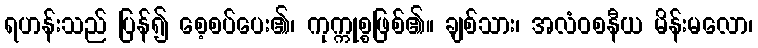
ရဟန်းသည် ပြန်၍ စေ့စပ်ပေး၏၊ ကုက္ကုစ္စဖြစ်၏။ ချစ်သား၊ အလံဝစနီယ မိန်းမလော၊